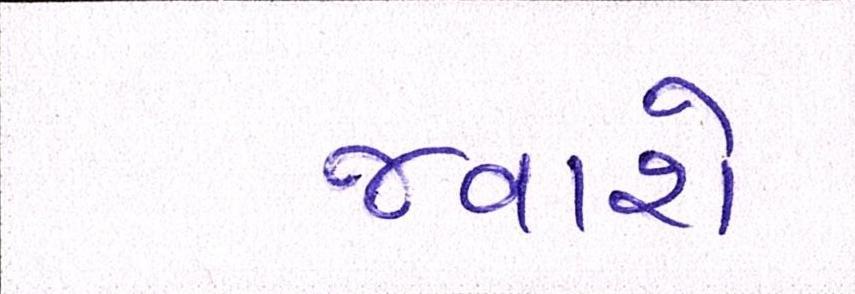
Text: જવાશે